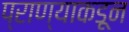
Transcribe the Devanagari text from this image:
प्राण्याकडून